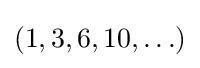
(1,3,6,10,\ldots )